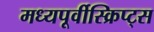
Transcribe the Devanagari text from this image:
मध्यपूर्वीस्क्रिप्ट्स